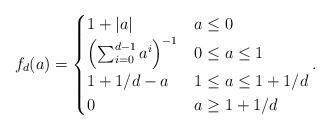
LaTeX: \begin{align*}f_d(a) = \begin{cases}1 + |a| & a \leq 0\\\left(\sum_{i = 0}^{d - 1} a^i\right)^{-1} & 0 \leq a \leq 1\\1 + 1/d - a & 1 \leq a \leq 1 + 1/d\\0 & a \geq 1 + 1/d\end{cases}.\end{align*}